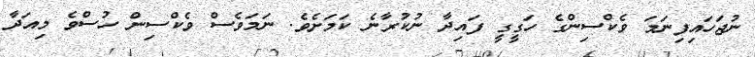
ނުޖަހައިފިނަމަ ވެކްސިންގެ ހަގީގީ ފައިދާ ނުކުރާނެ ކަމަށެވެ. ނަމަވެސް ވެކްސިން ހުސްވެ މިއަދާ